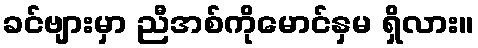
ခင်ဗျားမှာ ညီအစ်ကိုမောင်နှမ ရှိလား။